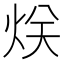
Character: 烪